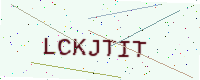
Text: LCKJTIT